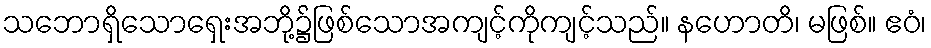
သဘောရှိသောရှေးအဘို့၌ဖြစ်သောအကျင့်ကိုကျင့်သည်။ နဟောတိ၊ မဖြစ်။ ဧဝံ၊